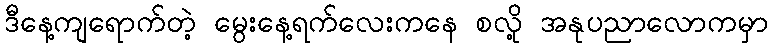
ဒီနေ့ကျရောက်တဲ့ မွေးနေ့ရက်လေးကနေ စလို့ အနုပညာလောကမှာ